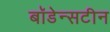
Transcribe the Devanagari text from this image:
बॉडेन्सटीन